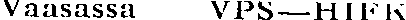
Vaasassa VPS—HIFK